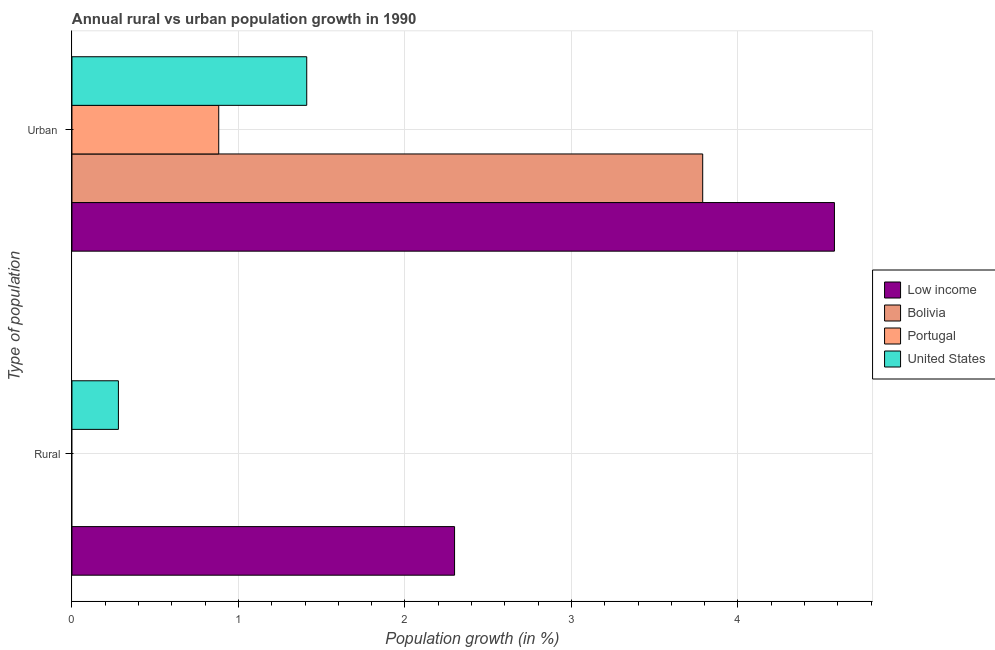
| Type of population | Low income | Bolivia | Portugal | United States |
 | --- | --- | --- | --- | --- |
 | Rural | 2.3 | -0.277 | -1.22 | 0.279 |
 | Urban  | 4.58 | 3.79 | 0.882 | 1.41 |